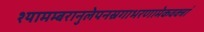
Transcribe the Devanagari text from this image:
श्यामम्बरानुलेपनस्रगाभरणामेकवक्त्रां